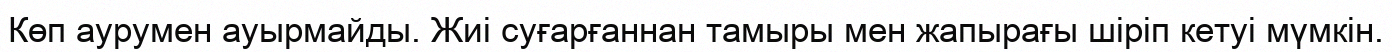
Көп аурумен ауырмайды. Жиі суғарғаннан тамыры мен жапырағы шіріп кетуі мүмкін.